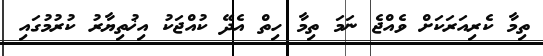
ތިމާ ކެރިއަރަކަށް ވެއްޖެ ނަމަ ތިމާ ހިތް އެދޭ ކުއްޖަކު އިޚުތިޔާރު ކުރުމުގައި